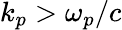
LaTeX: k_{p}>\omega_{p}/c